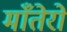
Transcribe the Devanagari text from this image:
माँतेरो